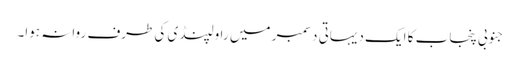
جنوبی پنجاب کا ایک دیہاتی دسمبر میں راولپنڈی کی طرف روانہ ہوا۔